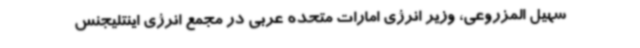
سهیل المزروعی، وزیر انرژی امارات متحده عربی در مجمع انرژی اینتلیجنس